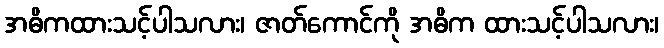
အဓိကထားသင့်ပါသလား၊ ဇာတ်ကောင်ကို အဓိက ထားသင့်ပါသလား၊